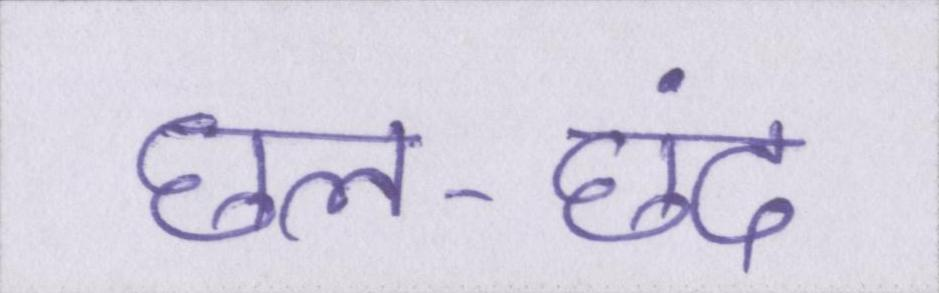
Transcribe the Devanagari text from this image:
छल-छंद